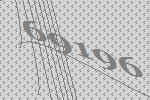
69196